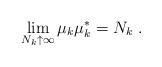
LaTeX: \begin{align*}\lim_{N_k \uparrow \infty} \mu_k \mu_k^\ast = N_k \;.\end{align*}